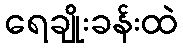
ရေချိုးခန်းထဲ